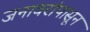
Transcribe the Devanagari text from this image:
जनावरांपासून